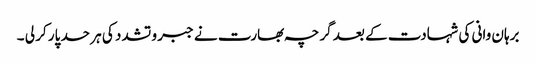
برہان وانی کی شہادت کے بعد گرچہ بھارت نے جبر و تشدد کی ہر حد پار کر لی ۔